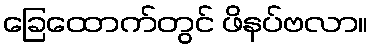
ခြေထောက်တွင် ဖိနပ်ဗလာ။